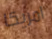
امريكا